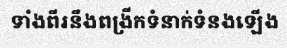
ទាំងពីរនឹងពង្រីកទំនាក់ទំនងឡើង